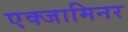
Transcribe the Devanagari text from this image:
एक्‍जामिनर